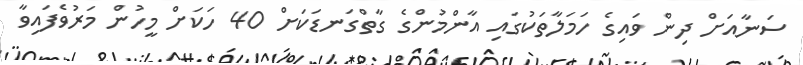
ސަނާއަށް ދިން ވައިގެ ހަމަލާތަކުގައި އާންމުންގެ ގާތްގަނޑަކަށް 40 ހަކަށް މީހުން މަރުވެފައިވާ